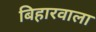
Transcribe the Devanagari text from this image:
बिहारवाला